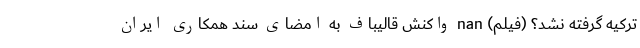
ترکیه گرفته نشد؟ (فیلم) nan واکنش قالیباف به امضای سند همکاری ایران